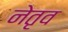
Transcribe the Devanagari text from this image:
नेतृव